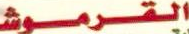
القرموش